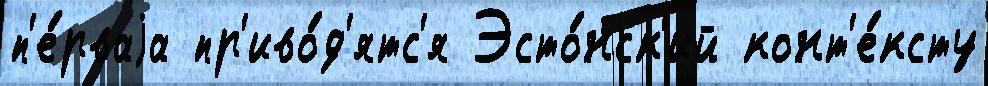
п'е́рваjа пр'иво́д'ятс'я Эсто́нск'ий конт'е́ксту